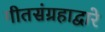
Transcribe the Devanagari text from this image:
गीतसंग्रहाद्वारे